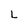
Character: L